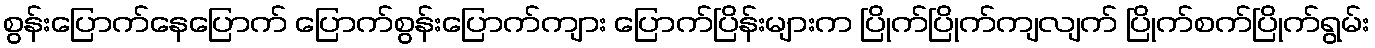
စွန်းပြောက်နေပြောက် ပြောက်စွန်းပြောက်ကျား ပြောက်ပြိန်းများက ပြိုက်ပြိုက်ကျလျက် ပြိုက်စက်ပြိုက်ရွမ်း